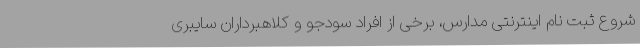
شروع ثبت نام اینترنتی مدارس، برخی از افراد سودجو و کلاهبرداران سایبری